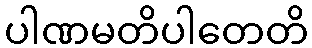
ပါဏမတိပါတေတိ